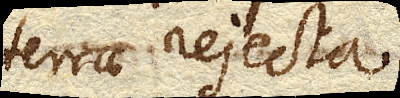
terrae rejecta,